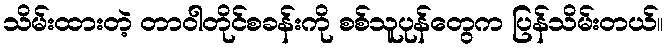
သိမ်းထားတဲ့ တာဝါတိုင်စခန်းကို စစ်သူပုန်တွေက ပြန်သိမ်းတယ်။